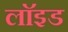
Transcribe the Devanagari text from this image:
लाॅइड